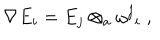
\nabla E _ { i } = E _ { j } \otimes _ { a } { \omega ^ { j } } _ { i } \; ,